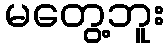
မတွေ့ဘူး